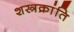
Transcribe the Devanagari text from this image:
शस्त्रक्रांति